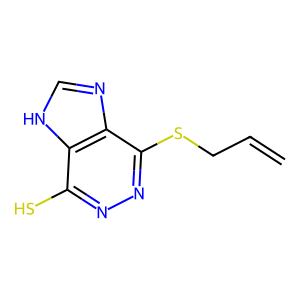
SMILES: C=CCSc1nnc(S)c2[nH]cnc12
Inhibits HIV replication: No